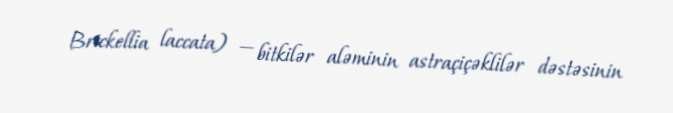
Brickellia laccata) — bitkilər aləminin astraçiçəklilər dəstəsinin